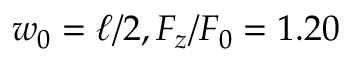
w _ { 0 } = \ell / 2 , F _ { z } / F _ { 0 } = 1 . 2 0